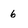
Character: 6